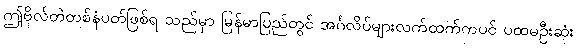
ဤဗိုလ်တဲတစ်နံပတ်ဖြစ်ရ သည်မှာ မြန်မာပြည်တွင် အင်္ဂလိပ်များလက်ထက်ကပင် ပထမဦးဆုံး